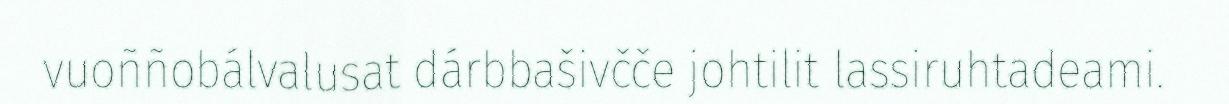
vuoññobálvalusat dárbbašivčče johtilit lassiruhtadeami.